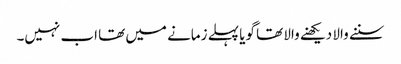
سننے والا دیکھنے والا تھا گویا پہلے زمانے میں تھا اب نہیں۔